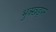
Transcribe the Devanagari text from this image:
भुक्खड़पन